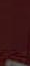
.